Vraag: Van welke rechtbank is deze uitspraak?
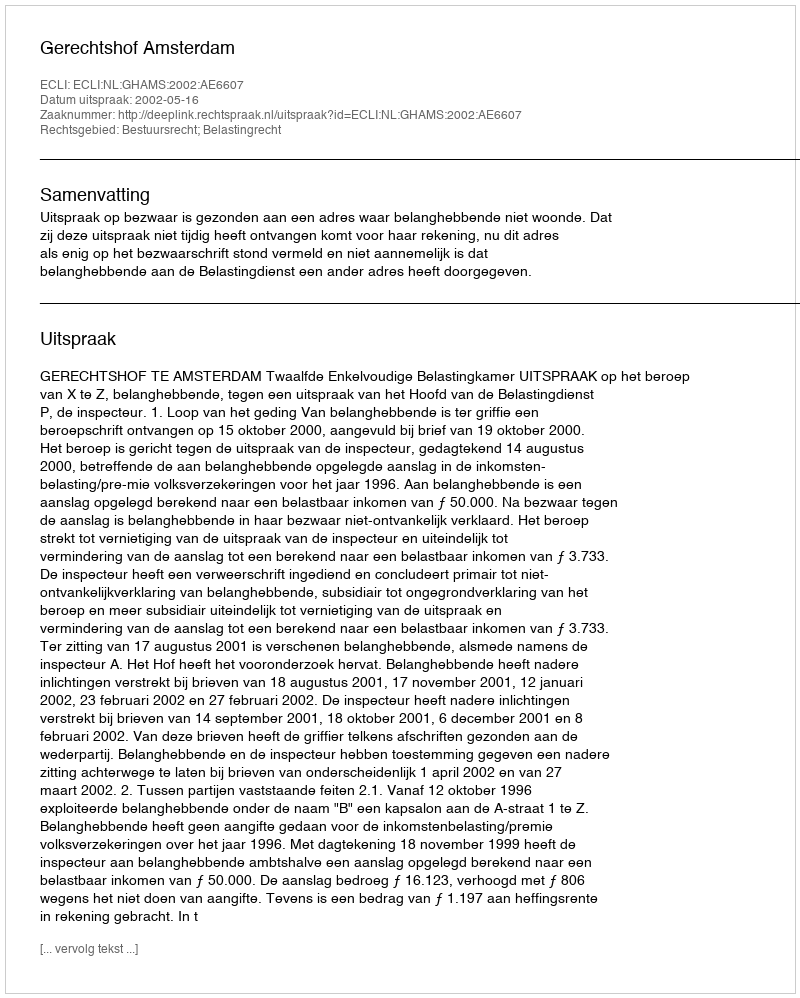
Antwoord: Gerechtshof Amsterdam